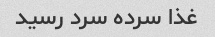
غذا سرده سرد رسید